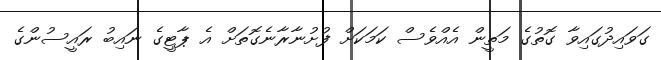
ގަވައިދުގައިވާ ގޮތުގެ މަތީން އެއްވެސް ކަމަކަށް ފުށުނާރާނެގޮތަށް އެ ޕާޓީގެ ނައިބު ރައީސުންގެ